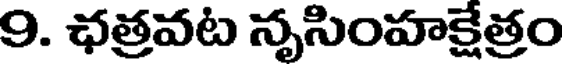
9. ఛత్రవట నృసింహక్షేత్రం